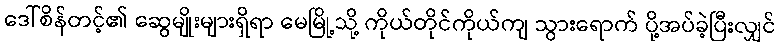
ဒေါ်စိန်တင့်၏ ဆွေမျိုးများရှိရာ မေမြို့သို့ ကိုယ်တိုင်ကိုယ်ကျ သွားရောက် ပို့အပ်ခဲ့ပြီးလျှင်